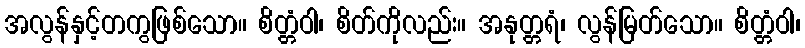
အလွန်နှင့်တကွဖြစ်သော။ စိတ္တံဝါ၊ စိတ်ကိုလည်း။ အနုတ္တရံ၊ လွန်မြတ်သော။ စိတ္တံဝါ၊